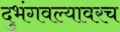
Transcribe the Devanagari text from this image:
दुभंगवल्यावरच